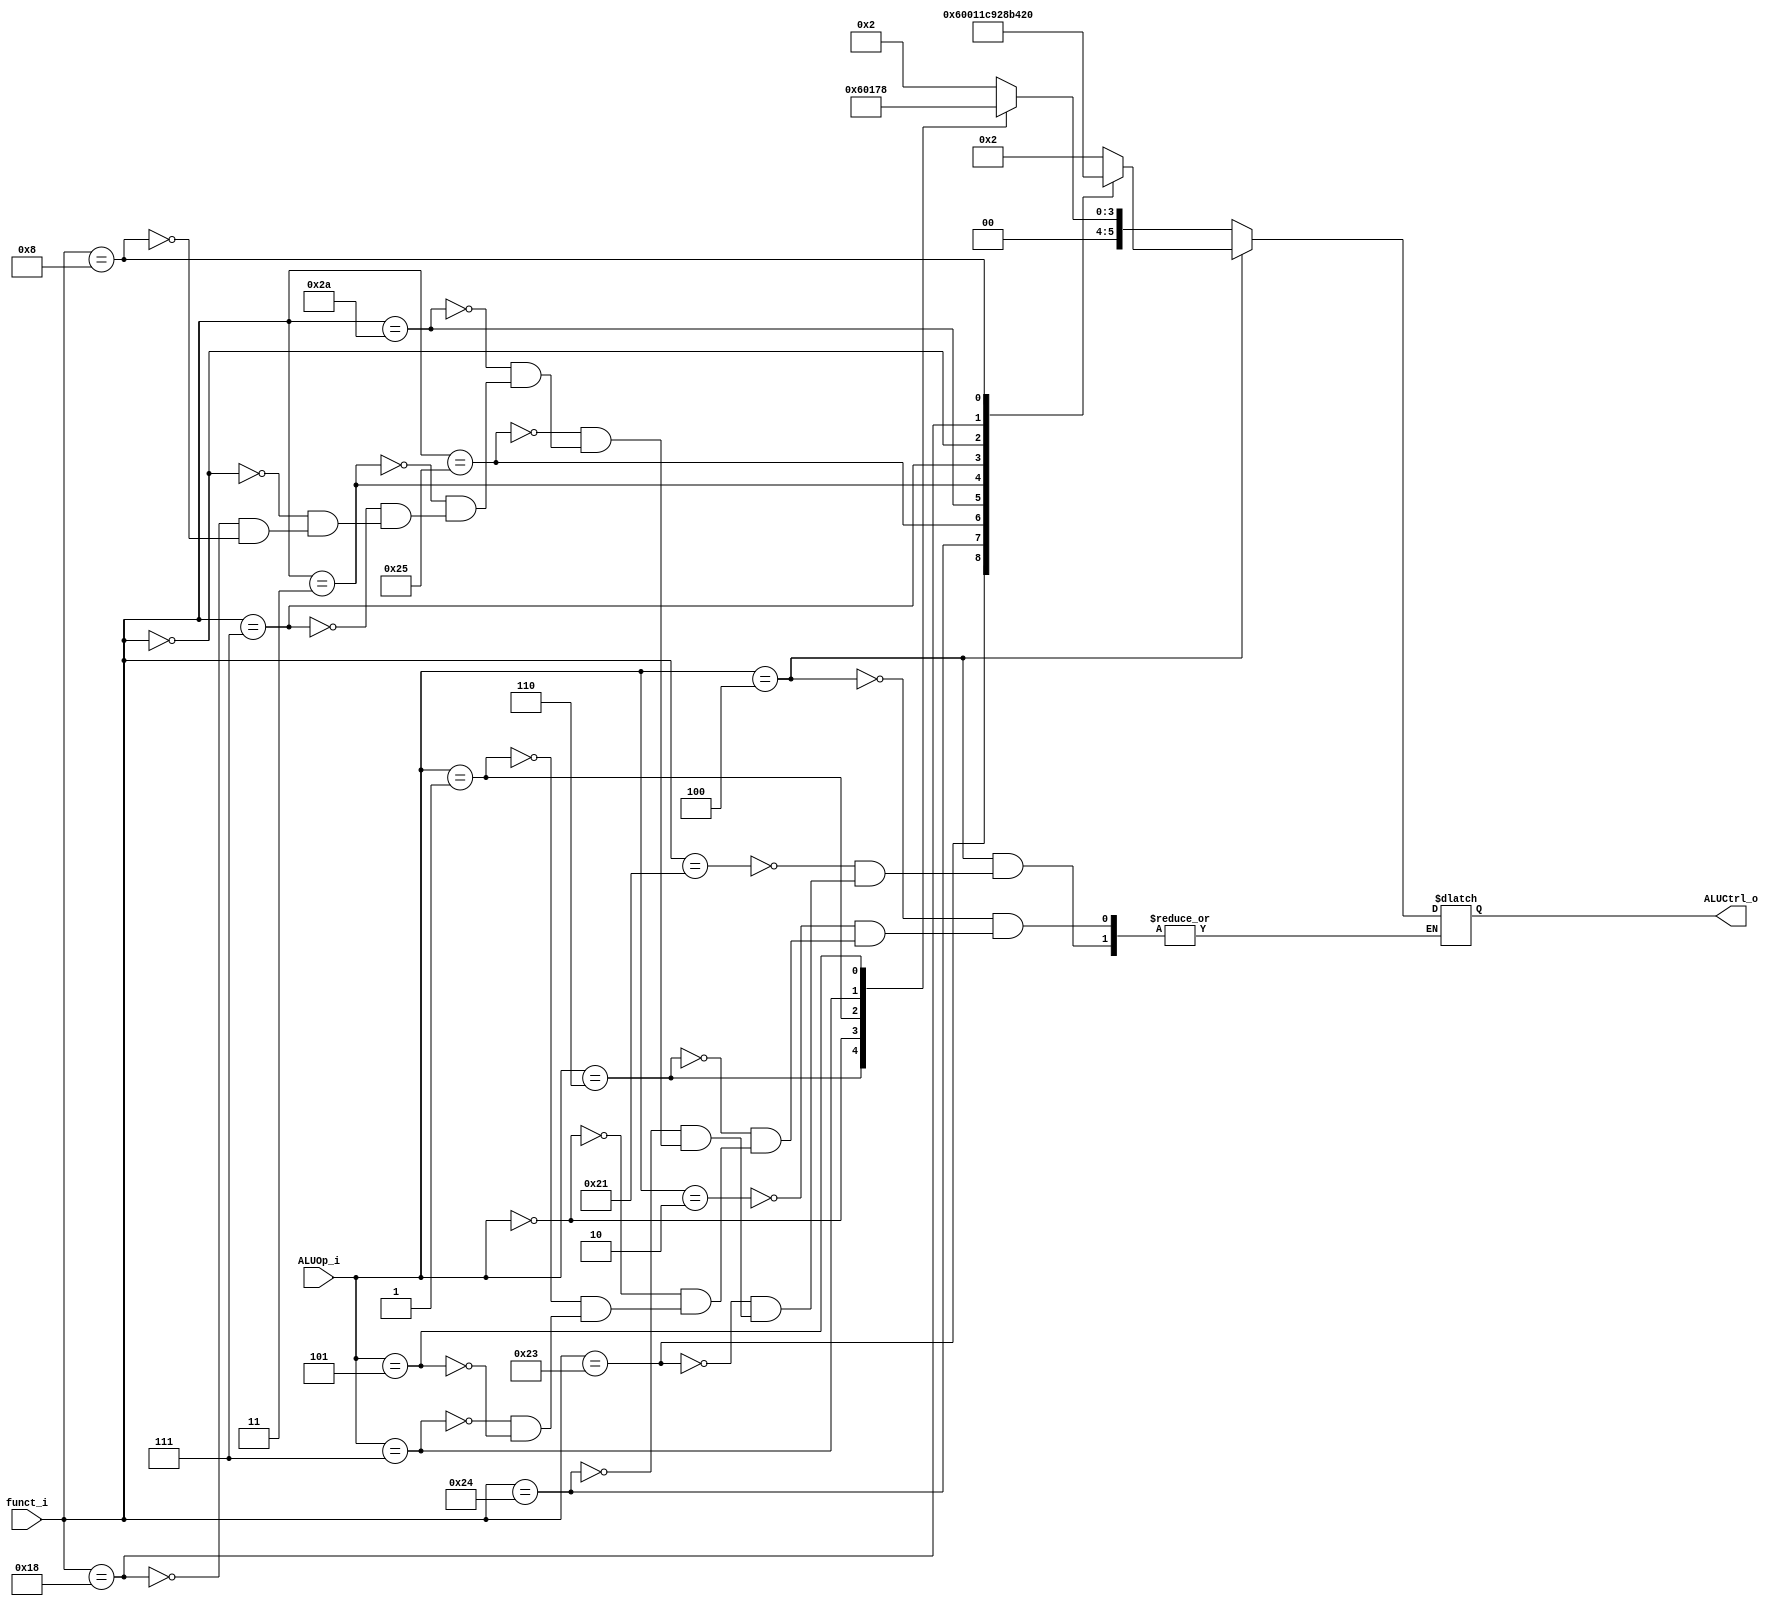

module ALU_Ctrl(
        funct_i,
        ALUOp_i,
        ALUCtrl_o
        );

//I/O ports
input      [6-1:0] funct_i;
input      [3-1:0] ALUOp_i;

output     [6-1:0] ALUCtrl_o;

//Internal Signals
reg        [6-1:0] ALUCtrl_in_o;

//Select exact operation

assign ALUCtrl_o = ALUCtrl_in_o;

localparam [6-1:0] ADDU = 6'b100001, SUBU = 6'b100011, AND = 6'b100100, 
				   OR = 6'b100101, SLT = 6'b101010, SRA = 6'b000011, 
				   SRAV = 6'b000111, SLL = 6'b000000, MUL = 6'b011000, JR = 6'b001000;

localparam [3-1:0] ADDI = 3'b010, BNE = 3'b110, NOPE = 3'b000, ORI = 3'b001, SLTIU = 3'b111, LUI = 3'b101;

always @(*) begin
	if(ALUOp_i == 3'b100) begin
		case(funct_i)
			ADDU : ALUCtrl_in_o <= 6'b000010;
			SUBU : ALUCtrl_in_o <= 6'b000110;
			AND  : ALUCtrl_in_o <= 6'b000000;
			OR   : ALUCtrl_in_o <= 6'b000001;
			SLT  : ALUCtrl_in_o <= 6'b000111;
			SRA  : ALUCtrl_in_o <= 6'b001001;
			SRAV : ALUCtrl_in_o <= 6'b001010;
			SLL  : ALUCtrl_in_o <= 6'b001011;
			MUL  : ALUCtrl_in_o <= 6'b010000;
			JR   : ALUCtrl_in_o <= 6'b100000;
		endcase
	end
	else begin
		case(ALUOp_i)
			ADDI  : ALUCtrl_in_o <= 5'b00010;
			BNE   : ALUCtrl_in_o <= 5'b00110;
			NOPE  : ALUCtrl_in_o <= 5'b00000;
			ORI   : ALUCtrl_in_o <= 5'b00001;
			SLTIU : ALUCtrl_in_o <= 5'b00111;
			LUI   : ALUCtrl_in_o <= 5'b01000;
		endcase
	end
end

endmodule